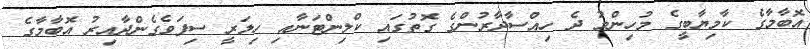
އޮބާމާގެ ކާމިޔާބީގެ މުހިންމު ދެ ހިއްސާދާރުންގެ ގޮތުގައި ކްލިންޓަނާއި ހިލަރީ ސިފަވެގެންދާއިރު އޮބާމާގެ